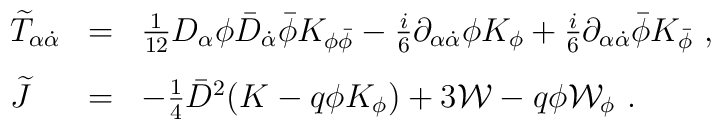
\begin{array}{lll}{\widetilde T}_{\alpha{\dot{\alpha}}}&=&\frac{1}{12}D_\alpha\phi{\bar D}_{\dot{\alpha}}{\bar\phi} K_{\phi{\bar\phi}}-\frac{i}{6}\partial_{\alpha{\dot{\alpha}}}\phi K_\phi+\frac{i}{6}\partial_{\alpha{\dot{\alpha}}}{\bar\phi} K_{\bar\phi}\ ,\\[3mm]{\widetilde J}&=&-\frac{1}{4}{\bar D}^2(K-q\phi K_\phi)+3{\mathcal W}-q\phi {\mathcal W}_\phi\ .\end{array}